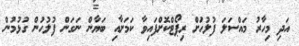
އަދި މިހާރު މައްސަލަ ފުލުހުަށް ރިޕޯޓްކޮށްފައިވާ ކަމަށާއި ބަޔާން ނަގަން ފުލުހުން ގުޅުމުން